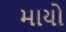
માયો